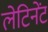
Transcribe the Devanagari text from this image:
लेटिनेंट